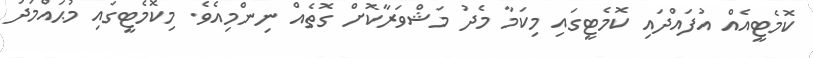
ކޮމެޓީއެއް އުފައްދައި ކޮމެޓީގައި މިކަމާ މެދު މަޝްވަރާކޮށް ގޮތެއް ނިންމިއެވެ. މިކޮމެޓީގައި މުޙައްމަދު